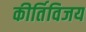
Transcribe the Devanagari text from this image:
कीर्तिविजय